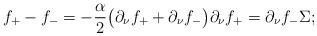
LaTeX: \begin{align*} f_{+} - f_{-} = -\frac{\alpha}{2 } \big( \partial_{\nu} f_{+} + \partial_{\nu} f_{-} \big) \partial_{\nu} f_{+} = \partial_{\nu} f_{-} \Sigma;\end{align*}